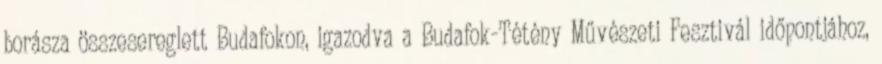
borásza összesereglett Budafokon, igazodva a Budafok-Tétény Művészeti Fesztivál időpontjához,